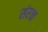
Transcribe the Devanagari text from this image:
संरक्ष